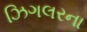
ઝિગલરના